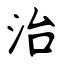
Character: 治